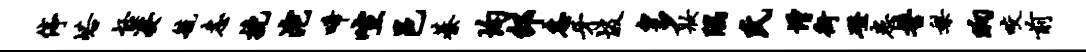
停峪怪凄毓恚挽沱唏喧邑綦均邵恚牙圾多妆隅氏增街磴患髻梨晌咬前